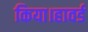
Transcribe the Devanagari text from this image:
किया।हावर्ड